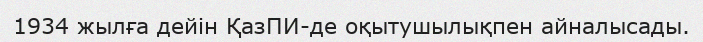
1934 жылға дейін ҚазПИ-де оқытушылықпен айналысады.